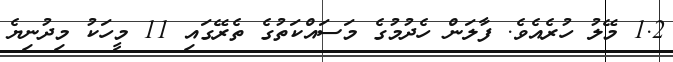
1.2 މޭލު ހުރެއެވެ. ފާލަން ހެދުމުގެ މަސައްކަތުގެ ތެރޭގައި 11 މީހަކު މިދުނިޔެ